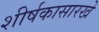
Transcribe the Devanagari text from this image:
शीर्षकासारखे